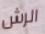
الرش